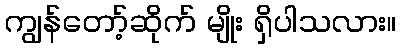
ကျွန်တော့်ဆိုက် မျိုး ရှိပါသလား။